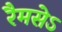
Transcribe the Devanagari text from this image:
रैमसेऽ